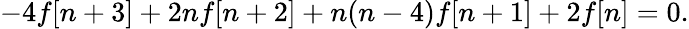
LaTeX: -4f[n+3]+2nf[n+2]+n(n-4)f[n+1]+2f[n]=0.